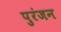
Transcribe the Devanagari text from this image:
पुरंजन